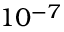
1 0 ^ { - 7 }